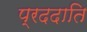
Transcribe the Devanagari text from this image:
प्रददाति